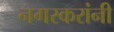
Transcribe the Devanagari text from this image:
नगरकरांनी